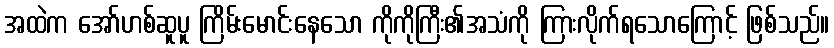
အထဲက အော်ဟစ်ဆူပူ ကြိမ်းမောင်းနေသော ကိုကိုကြီး၏အသံကို ကြားလိုက်ရသောကြောင့် ဖြစ်သည်။